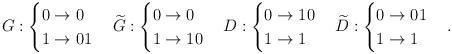
LaTeX: \begin{align*} G: \begin{cases} 0 \to 0 \\ 1 \to 01 \end{cases} \widetilde{G}: \begin{cases} 0 \to 0 \\ 1 \to 10 \end{cases} D: \begin{cases} 0 \to 10 \\ 1 \to 1 \end{cases} \widetilde{D}: \begin{cases} 0 \to 01 \\ 1 \to 1 \end{cases} .\end{align*}